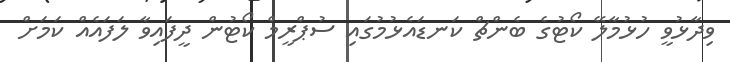
ވިދާޅުވީ ހުޅުމާލޭ ކޯޓުގެ ބެންޗް ކަނޑައެޅުމުގައި ސުޕްރީމް ކޯޓުން ދީފައިވާ ލަފައެއް ކަމަށް